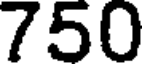
750